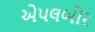
એપલબોર